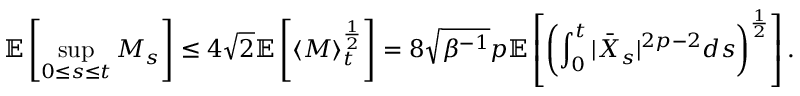
\mathbb { E } \left[ \operatorname* { s u p } _ { 0 \leq s \leq t } M _ { s } \right] \leq 4 \sqrt { 2 } \mathbb { E } \left[ \left\langle M \right\rangle _ { t } ^ { \frac { 1 } { 2 } } \right] = 8 \sqrt { \beta ^ { - 1 } } p \mathbb { E } \left[ \left( \int _ { 0 } ^ { t } | \bar { X } _ { s } | ^ { 2 p - 2 } d s \right) ^ { \frac { 1 } { 2 } } \right] .